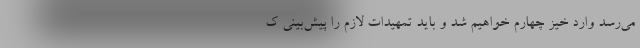
می‌رسد وارد خیز چهارم خواهیم شد و باید تمهیدات لازم را پیش‌بینی ک